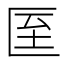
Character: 𭅙